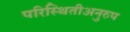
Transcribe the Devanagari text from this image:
परिस्थितीअनुरुप